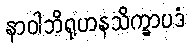
နာဝါဘိရုဟနသိက္ခာပဒံ